Elephants and their diseases
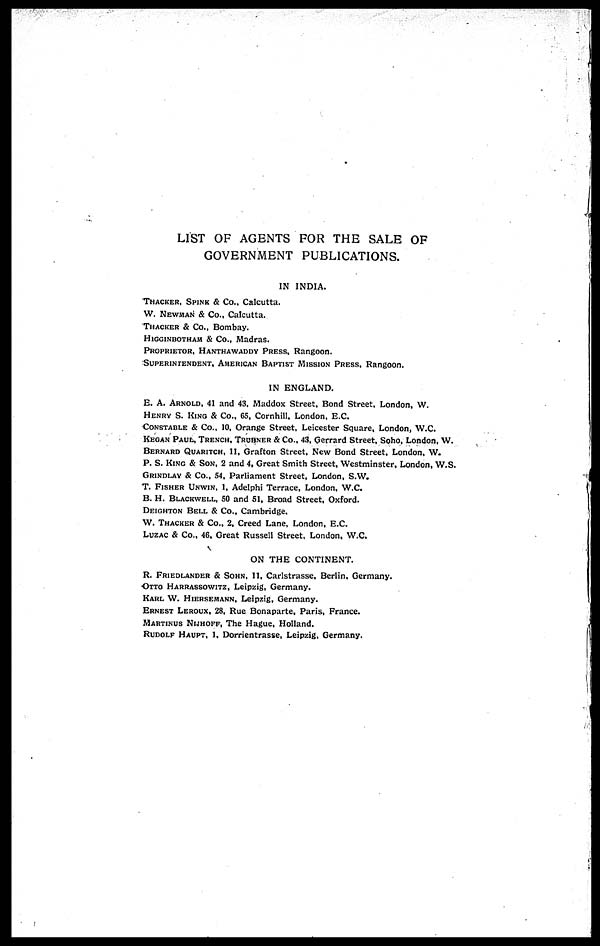
LIST OF AGENTS FOR THE SALE OF
GOVERNMENT PUBLICATIONS.
IN INDIA.
THACKER, SPINK & Co., Calcutta.
W. NEWMAN & Co., Calcutta.
THACKER & Co., Bombay.
HIGGINBOTHAM & Co., Madras.
PROPRIETOR, HANTHAWADDY PRESS, Rangoon.
SUPERINTENDENT, AMERICAN BAPTIST MISSION PRESS, Rangoon.
IN ENGLAND.
E. A. ARNOLD, 41 and 43, Maddox Street, Bond Street, London, W.
HENRY S. KING & Co., 65, Cornhill, London, E.C.
CONSTABLE & Co., 10, Orange Street, Leicester Square, London, W.C.
KEGAN PAUL, TRENCH, TRUBNER & Co., 43, Gerrard Street, Soho, London, W.
BERNARD QUARITCH, 11, Grafton Street, New Bond Street, London, W.
P. S. KING & SON, 2 and 4, Great Smith Street, Westminster, London, W.S.
GRINDLAY & Co., 54, Parliament Street, London, S.W.
T. FISHER UNWIN, 1, Adelphi Terrace, London, W.C.
B. H. BLACKWELL, 50 and 51, Broad Street, Oxford.
DEIGHTON BELL & Co., Cambridge.
W. THACKER & Co., 2, Creed Lane, London, E.C.
LUZAC & Co., 46, Great Russell Street, London, W.C.
ON THE CONTINENT.
R. FRIEDLANDER & SOHN, 11, Carlstrasse, Berlin, Germany.
OTTO HARRASSOWITZ, Leipzig, Germany.
KARL W. HIERSEMANN, Leipzig, Germany.
ERNEST LEROUX, 28, Rue Bonaparte, Paris, France.
MARTINUS NIJHOFF, The Hague, Holland.
RUDOLF HAUPT, 1. Dorrientrasse, Leipzig, Germany.